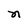
Character: n